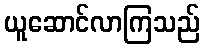
ယူဆောင်လာကြသည်